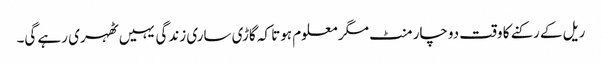
ریل کے رکنے کا وقت دوچار منٹ مگر معلوم ہوتا کہ گاڑی ساری زندگی یہیں ٹھہری رہے گی۔